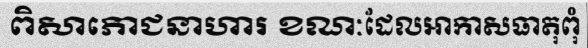
ពិសាភោជនាហារ ខណៈដែលអាកាសធាតុពុំ